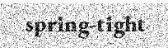
spring-tight